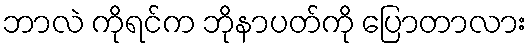
ဘာလဲ ကိုရင်က ဘိုနာပတ်ကို ပြောတာလား